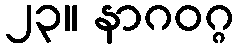
၂၃။ နာဂဝဂ္ဂ